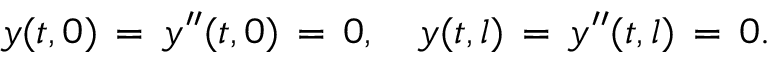
y ( t , 0 ) \, = \, y ^ { \prime \prime } ( t , 0 ) \, = \, 0 , \quad y ( t , l ) \, = \, y ^ { \prime \prime } ( t , l ) \, = \, 0 .